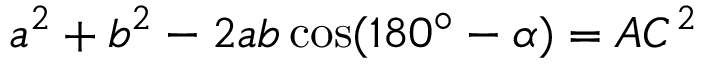
a ^ { 2 } + b ^ { 2 } - 2 a b \cos ( 1 8 0 ^ { \circ } - \alpha ) = A C ^ { 2 }